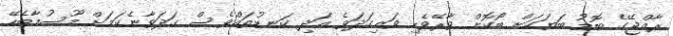
ރާއްޖޭގެ ބޮޑު ބަޔަކަށް ބޯކޮށް ވާރޭވެހި ވައިގަދަވެ އަދި ކަނޑުތައްވެސް ގަދަވާނެކަމަށް މޫސުމާބެހޭ